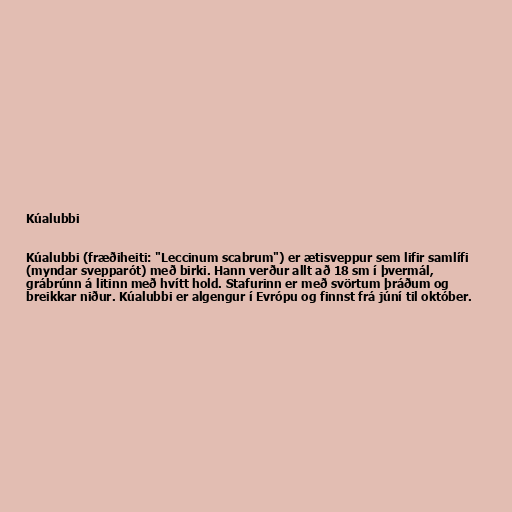
Kúalubbi

Kúalubbi (fræðiheiti: "Leccinum scabrum") er ætisveppur sem lifir samlífi
(myndar svepparót) með birki. Hann verður allt að 18 sm í þvermál,
grábrúnn á litinn með hvítt hold. Stafurinn er með svörtum þráðum og
breikkar niður. Kúalubbi er algengur í Evrópu og finnst frá júní til október.